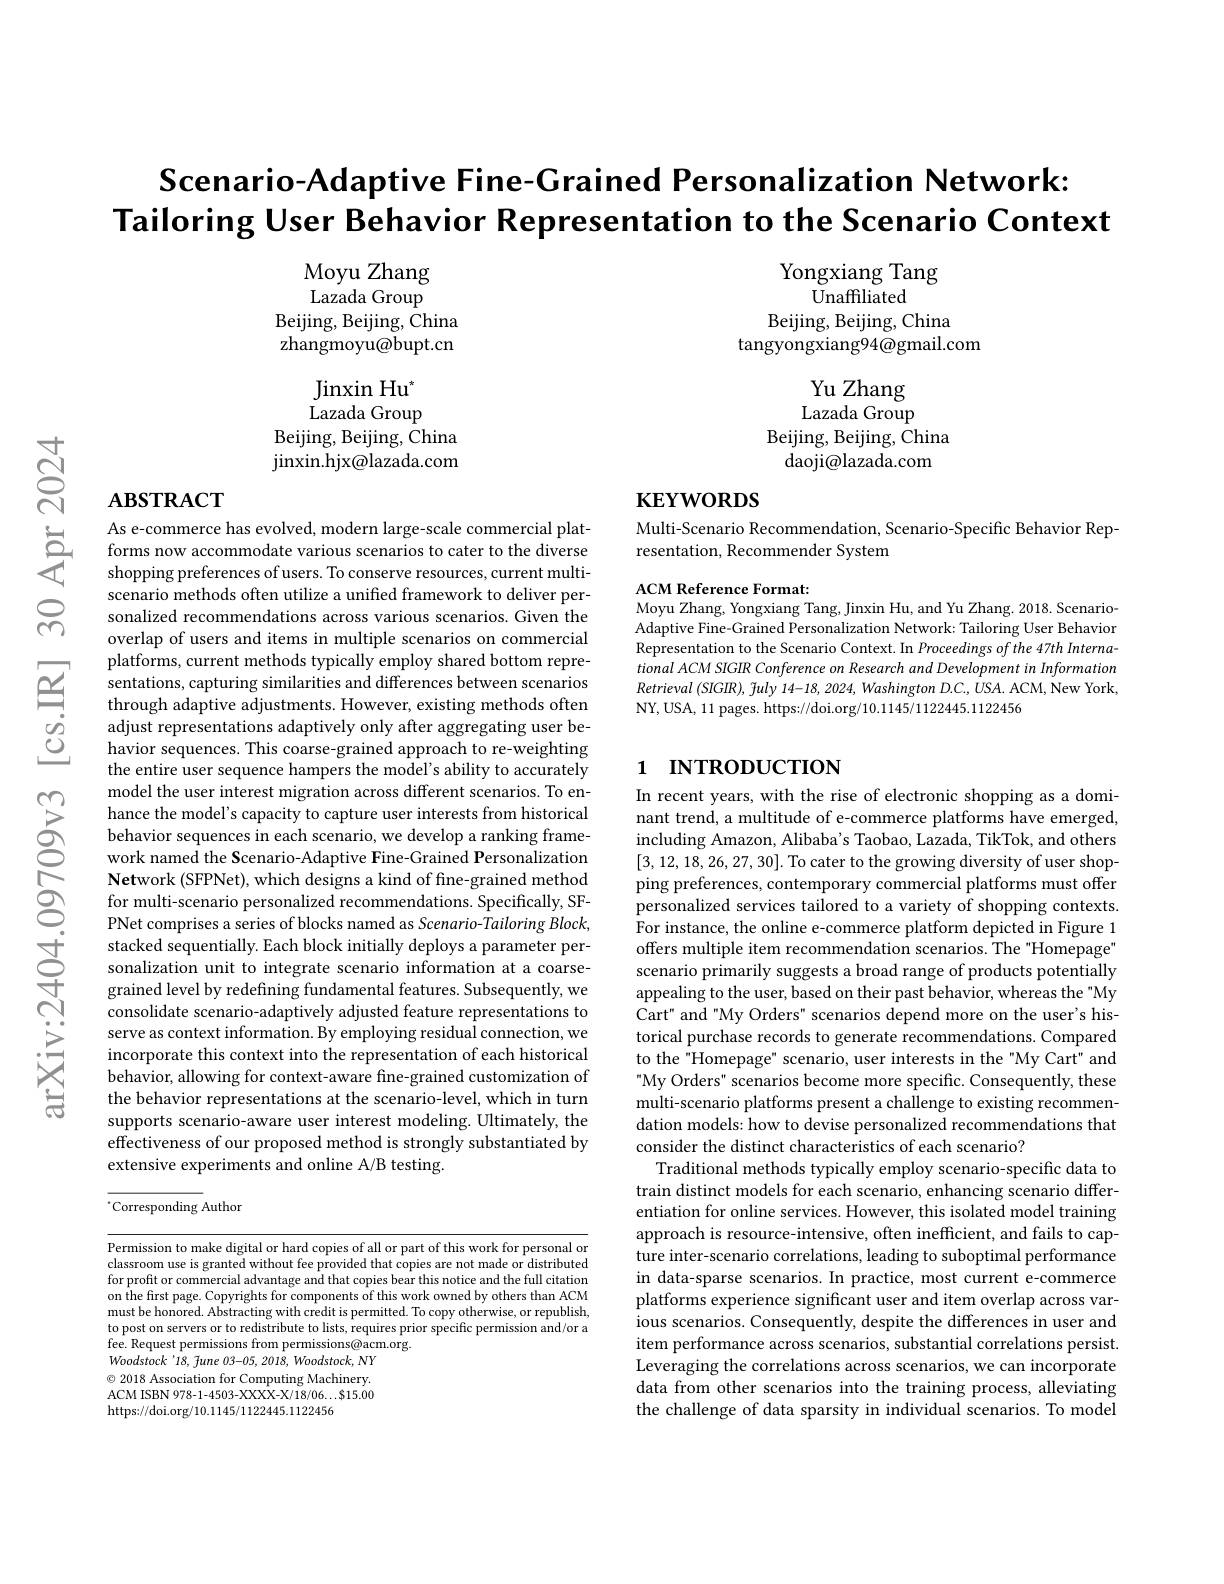
$ন্ল$

$\textbf{Scenario- Adaptive Fine- Grained Personalization Network: }$
Tailoring User Behavior Representation to the Scenario Context

Moyu Zhang Lazada Group
Beijing, Beijing, China zhangmoyu@bupt.cn

Yongxiang Tang
$\bar{\mathrm{Unaffiliated}}$
Beijing, Beijing, China
tangyongxiang94@gmail.com

$\operatorname{Jinxin}\text{Hu}^*$ Lazada Group
Beijing, Beijing, China jinxin. hjx@ lazada. com

Yu Zhang Lazada Group
Beijing, Beijing, China
daoji@lazada.com

# $\mathbf{ABSTRACT}$

# $\mathbf{KEYWORDS}$

Multi-Scenario Recommendation, Scenario-Specific Behavior Rep-
resentation, Recommender System

ACM Reference Format:
Moyu Zhang, Yongxiang Tang, Jinxin Hu, and Yu Zhang. 2018. ScenarioAdaptive Fine-Grained Personalization Network: Tailoring User Behavior Representation to the Scenario Context. In Proceedings of the 47th International ACM SIGIR Conference on Research and Development in Information Retrieval (SIGIR), fuly 14-18, 2024, Washington D.C., USA. ACM, New York, NY, USA, 11 pages. https://doi.org/10.1145/1122445.1122456

# 1 INTRODUCTION

As e- commerce has evolved, modern large- scale commercial plat- forms now accommodate various scenarios to cater to the diverse shopping preferences of users. To conserve resources, current multi-
scenario methods often utilize a unified framework to deliver personalized recommendations across various scenarios. Given the overlap of users and items in multiple scenarios on commercial platforms, current methods typically employ shared bottom representations, capturing similarities and differences between scenarios through adaptive adjustments. However, existing methods often adjust representations adaptively only after aggregating user behavior sequences. This coarse-grained approach to re-weighting the entire user sequence hampers the model's ability to accurately model the user interest migration across different scenarios. To enhance the model's capacity to capture user interests from historical behavior sequences in each scenario, we develop a ranking framework named the Scenario-Adaptive Fine-Grained Personalization Network (SFPNet), which designs a kind of fine-grained method for multi-scenario personalized recommendations. Specifically, SFPNet comprises a series of blocks named as Scenario-Tailoring Block, stacked sequentially. Each block initially deploys a parameter personalization unit to integrate scenario information at a coarsegrained level by redefining fundamental features. Subsequently, we consolidate scenario-adaptively adjusted feature representations to serve as context information. By employing residual connection, we incorporate this context into the representation of each historical behavior, allowing for context-aware fine-grained customization of the behavior representations at the scenario-level, which in turn supports scenario-aware user interest modeling. Ultimately, the effectiveness of our proposed method is strongly substantiated by extensive experiments and online A/B testing.

In recent years, with the rise of electronic shopping as a dominant trend, a multitude of e-commerce platforms have emerged, including Amazon, Alibaba's Taobao, Lazada, TikTok, and others [3,12,18,26,27,30]. To cater to the growing diversity of user shopping preferences, contemporary commercial platforms must offer personalized services tailored to a variety of shopping contexts. For instance, the online e-commerce platform depicted in Figure 1 offers multiple item recommendation scenarios. The "Homepage" scenario primarily suggests a broad range of products potentially appealing to the user, based on their past behavior, whereas the "My Cart" and "My Orders" scenarios depend more on the user's historical purchase records to generate recommendations. Compared to the "Homepage" scenario, user interests in the "My Cart" and My Orders" scenarios become more specific. Consequently, these multi-scenario platforms present a challenge to existing recommendation models: how to devise personalized recommendations that consider the distinct characteristics of each scenario?
Traditional methods typically employ scenario-specific data to train distinct models for each scenario, enhancing scenario differentiation for online services. However, this isolated model training approach is resource-intensive, often inefficient, and fails to capture inter-scenario correlations, leading to suboptimal performance in data-sparse scenarios. In practice, most current e-commerce platforms experience significant user and item overlap across various scenarios. Consequently, despite the differences in user and item performance across scenarios, substantial correlations persist. Leveraging the correlations across scenarios, we can incorporate data from other scenarios into the training process, alleviating the challenge of data sparsity in individual scenarios. To model

$^{*}$Corresponding Author

Permission to make digital or hard copies of all or part of this work for personal or classroom use is granted without fee provided that copies are not made or distributed for profit or commercial advantage and that copies bear this notice and the full citation on the first page. Copyrights for components of this work owned by others than ACM must be honored. Abstracting with credit is permitted. To copy otherwise, or republish, to post on servers or to redistribute to lists, requires prior specific permission and/or a fee. Request permissions from permissions@acm.org.
Woodstock'18, fune 03-05, 2018, Woodstock, NY $\odot$ 2018 Association for Computing Machinery. ACM ISBN 978-1-4503-XXXX-X/18/06...$15.00 https://doi.org/10.1145/1122445.1122456